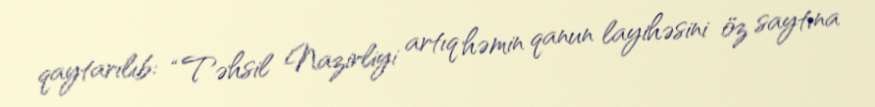
qaytarılıb: “Təhsil Nazirliyi artıq həmin qanun layihəsini öz saytına